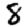
Digit: 8